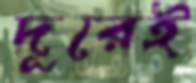
দূরেই